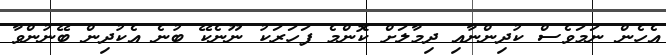
އެހެން ނަމަވެސް ކުދިންނާއި ދިމާލަށް ކޮންމެ ފަހަރަކު ނޫނެކޭ ބުނެ އެކުދިން ބޭނުންވާ